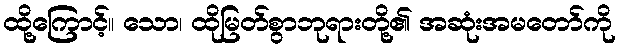
ထို့ကြောင့်။ သော၊ ထိုမြတ်စွာဘုရားတို့၏ အဆုံးအမတော်ကို